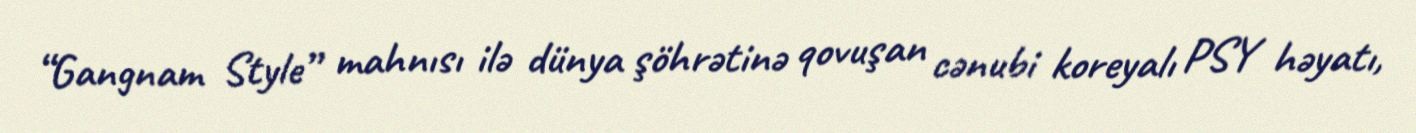
“Gangnam Style” mahnısı ilə dünya şöhrətinə qovuşan cənubi koreyalı PSY həyatı,